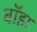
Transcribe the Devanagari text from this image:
बॉझ